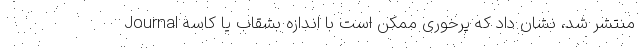
Journal منتشر شد، نشان داد که پرخوری ممکن است با اندازه بشقاب یا کاسه